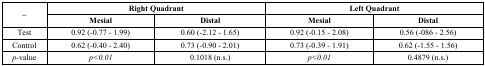
| <ROWSPAN=2> – | <COLSPAN=2> Right Quadrant | <COLSPAN=2> Left Quadrant |
 | Mesial | Distal | Mesial | Distal |
 | --- | --- | --- | --- | --- |
 | Test | 0.92 (-0.77 - 1.99) | 0.60 (-2.12 - 1.65) | 0.92 (-0.15 - 2.08) | 0.56 (-086 - 2.56) |
 | Control | 0.62 (-0.40 - 2.40) | 0.73 (-0.90 - 2.01) | 0.73 (-0.39 -1.91) | 0.62 (-1.55 -1.56) |
 | p-value | p<0.01 | 0.1018 (n.s.) | p<0.01 | 0.4879 (n.s.) |